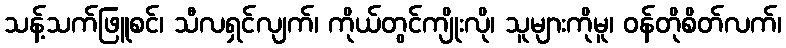
သန့်သက်ဖြူစင်၊ သီလရှင်လျက်၊ ကိုယ်တွင်ကျိုးလို၊ သူများကိုမူ၊ ဝန်တိုစိတ်လက်၊